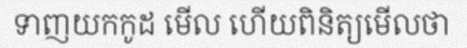
ទាញយកកូដ មើល ហើយពិនិត្យមើលថា